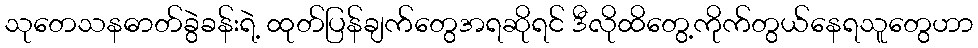
သုတေသနဓာတ်ခွဲခန်းရဲ့ ထုတ်ပြန်ချက်တွေအရဆိုရင် ဒီလိုထိတွေ့ကိုက်တွယ်နေရသူတွေဟာ